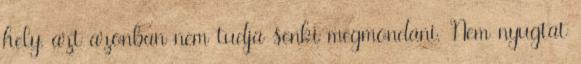
hely, azt azonban nem tudja senki megmondani. Nem nyugtat